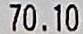
70.10